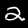
Label: 2